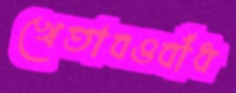
খেতাবওবাঁধ